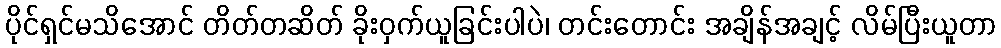
ပိုင်ရှင်မသိအောင် တိတ်တဆိတ် ခိုးဝှက်ယူခြင်းပါပဲ၊ တင်းတောင်း အချိန်အချင့် လိမ်ပြီးယူတာ